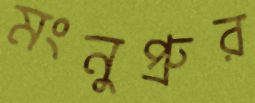
মংনুপ্রুর